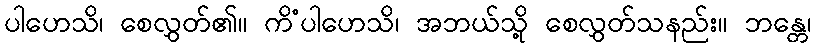
ပါဟေသိ၊ စေလွှတ်၏။ ကိံပါဟေသိ၊ အဘယ်သို့ စေလွှတ်သနည်း။ ဘန္တေ၊